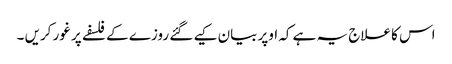
اس کا علاج یہ ہے کہ اوپر بیان کیے گئے روزے کے فلسفے پر غور کریں ۔